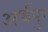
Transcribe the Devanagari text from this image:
अर्धपुर